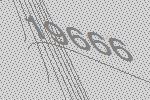
19666